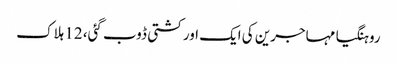
روہنگیا مہاجرین کی ایک اور کشتی ڈوب گئی، 12 ہلاک